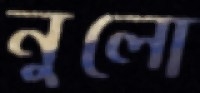
নুলো